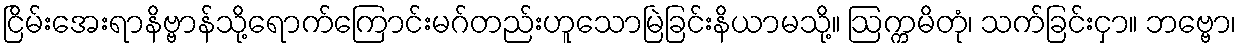
ငြိမ်းအေးရာနိဗ္ဗာန်သို့ရောက်ကြောင်းမဂ်တည်းဟူသောမြဲခြင်းနိယာမသို့။ ဩက္ကမိတုံ၊ သက်ခြင်းငှာ။ ဘဗ္ဗော၊